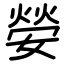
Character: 嫈